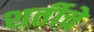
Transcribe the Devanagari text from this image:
शर्तीचे